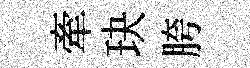
牽玦胯